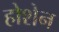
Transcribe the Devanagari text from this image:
होशेन